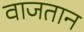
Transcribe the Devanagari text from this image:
वाजतान